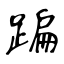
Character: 蹁